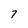
Character: 7